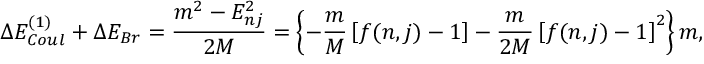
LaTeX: \Delta E _ { C o u l } ^ { ( 1 ) } + \Delta E _ { B r } = \frac { m ^ { 2 } - E _ { n j } ^ { 2 } } { 2 M } = \left\{ - \frac { m } { M } \left[ f ( n , j ) - 1 \right] - \frac { m } { 2 M } \left[ f ( n , j ) - 1 \right] ^ { 2 } \right\} m ,